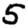
Digit: 5